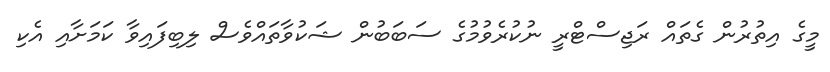
މީގެ އިތުރުން ގެތައް ރަޖިސްޓްރީ ނުކުރެވުމުގެ ސަބަބުން ޝަކުވާތައްވެސް ލިބިފައިވާ ކަމަށާއި އެކި